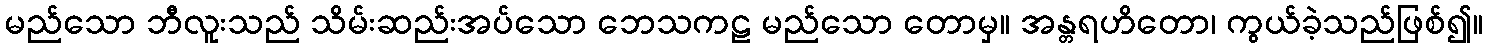
မည်သော ဘီလူးသည် သိမ်းဆည်းအပ်သော ဘေသကဠ မည်သော တောမှ။ အန္တရဟိတော၊ ကွယ်ခဲ့သည်ဖြစ်၍။